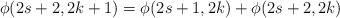
LaTeX: \begin{align*}\phi(2s+2,2k+1)=\phi(2s+1,2k)+\phi(2s+2,2k)\end{align*}